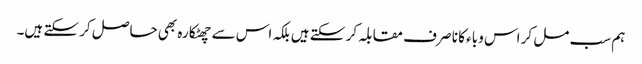
ہم سب مل کر اس وباء کا نا صر ف مقابلہ کر سکتے ہیں بلکہ اس سے چھٹکارہ بھی حاصل کر سکتے ہیں۔